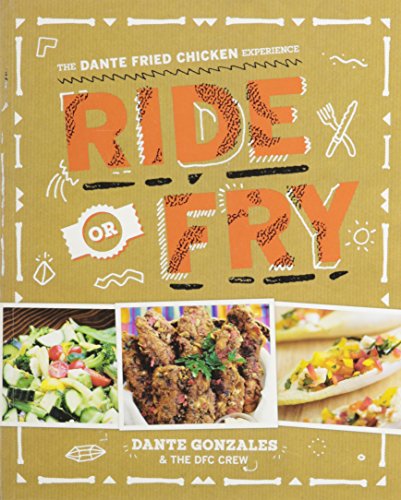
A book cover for Ride or Fry: The Dante Fried Chicken Experience; Dante Gonzales; Cookbooks, Food & Wine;